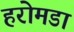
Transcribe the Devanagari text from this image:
हरोमडा